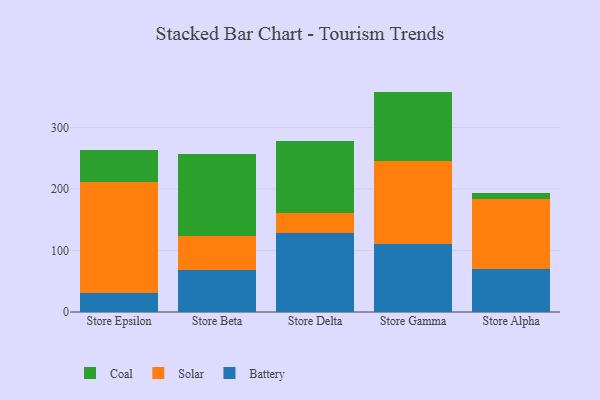
{"axis": {"x": "Store", "y": "Market Share (%)"}, "legend": ["Battery", "Coal", "Solar"], "data": [{"x": "Store Epsilon", "y": 31.5, "type": "Battery"}, {"x": "Store Epsilon", "y": 179.8, "type": "Solar"}, {"x": "Store Epsilon", "y": 52.2, "type": "Coal"}, {"x": "Store Beta", "y": 68.3, "type": "Battery"}, {"x": "Store Beta", "y": 56.1, "type": "Solar"}, {"x": "Store Beta", "y": 132.4, "type": "Coal"}, {"x": "Store Delta", "y": 128.3, "type": "Battery"}, {"x": "Store Delta", "y": 33.5, "type": "Solar"}, {"x": "Store Delta", "y": 116.7, "type": "Coal"}, {"x": "Store Gamma", "y": 111.2, "type": "Battery"}, {"x": "Store Gamma", "y": 134.2, "type": "Solar"}, {"x": "Store Gamma", "y": 113.1, "type": "Coal"}, {"x": "Store Alpha", "y": 70.2, "type": "Battery"}, {"x": "Store Alpha", "y": 114.1, "type": "Solar"}, {"x": "Store Alpha", "y": 9.7, "type": "Coal"}]}